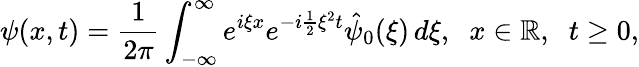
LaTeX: \psi(x,t)=\frac{1}{2\pi}\int_{-\infty}^{\infty}e^{i\xi x}e^{-i\frac{1}{2}\xi^{2}t}\hat{\psi}_{0}(\xi)\, d\xi,\; \; x\in\mathbb{R},\; \; t\geq 0,